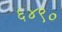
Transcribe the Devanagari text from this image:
६४९०